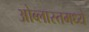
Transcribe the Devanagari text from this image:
ओब्लास्तमध्ये